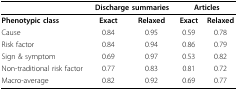
|  | <COLSPAN=2> Discharge summaries | <COLSPAN=2> Articles |
 | --- | --- | --- | --- | --- |
 | Phenotypic class | Exact | Relaxed | Exact | Relaxed |
 | Cause | 0.84 | 0.95 | 0.59 | 0.78 |
 | Risk factor | 0.84 | 0.94 | 0.86 | 0.79 |
 | Sign & symptom | 0.69 | 0.97 | 0.53 | 0.82 |
 | Non-traditional risk factor | 0.77 | 0.83 | 0.81 | 0.72 |
 | Macro-average | 0.82 | 0.92 | 0.69 | 0.77 |